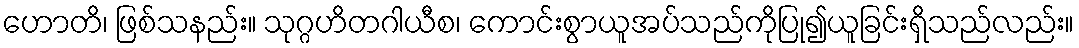
ဟောတိ၊ ဖြစ်သနည်း။ သုဂ္ဂဟိတဂါယီစ၊ ကောင်းစွာယူအပ်သည်ကိုပြု၍ယူခြင်းရှိသည်လည်း။